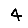
Digit: 4